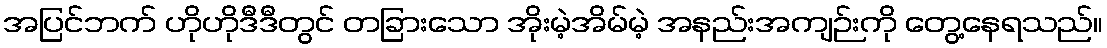
အပြင်ဘက် ဟိုဟိုဒီဒီတွင် တခြားသော အိုးမဲ့အိမ်မဲ့ အနည်းအကျဉ်းကို တွေ့နေရသည်။